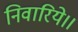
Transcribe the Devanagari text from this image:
निवारिये।।